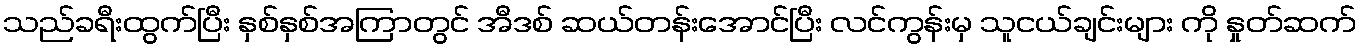
သည်ခရီးထွက်ပြီး နှစ်နှစ်အကြာတွင် အီဒစ် ဆယ်တန်းအောင်ပြီး လင်ကွန်းမှ သူငယ်ချင်းများ ကို နှုတ်ဆက်